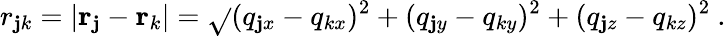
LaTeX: r_{\mathbf{j}k}=|\mathbf{{r}}_{\mathbf{j}}-\mathbf{{r}}_{k}|=\sqrt{}{{(q_{\mathbf{j}x}-q_{kx})^{2}+(q_{\mathbf{j}y}-q_{ky})^{2}+(q_{\mathbf{j}z}-q_{kz})^{2}}}~.